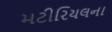
મટીરિયલના